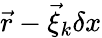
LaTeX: \vec{r}-\vec{\xi}_{k}\delta x